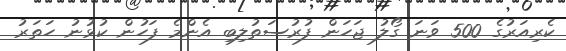
ކެރިއަރުގެ 500 ވަނަ ގޯލު ޖަހަން ފުރުސަތުލިބި އެންމެ ފަހުން ކުޅުނު ހަތަރު